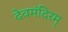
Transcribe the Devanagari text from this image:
देवमंदिरम्